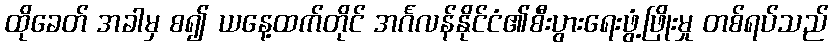
ထိုခေတ် အခါမှ စ၍ ယနေ့ထက်တိုင် အင်္ဂလန်နိုင်ငံ၏စီးပွားရေးဖွံ့ဖြိုးမှု တစ်ရပ်သည်